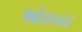
ઓલખવા